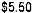
$5.50